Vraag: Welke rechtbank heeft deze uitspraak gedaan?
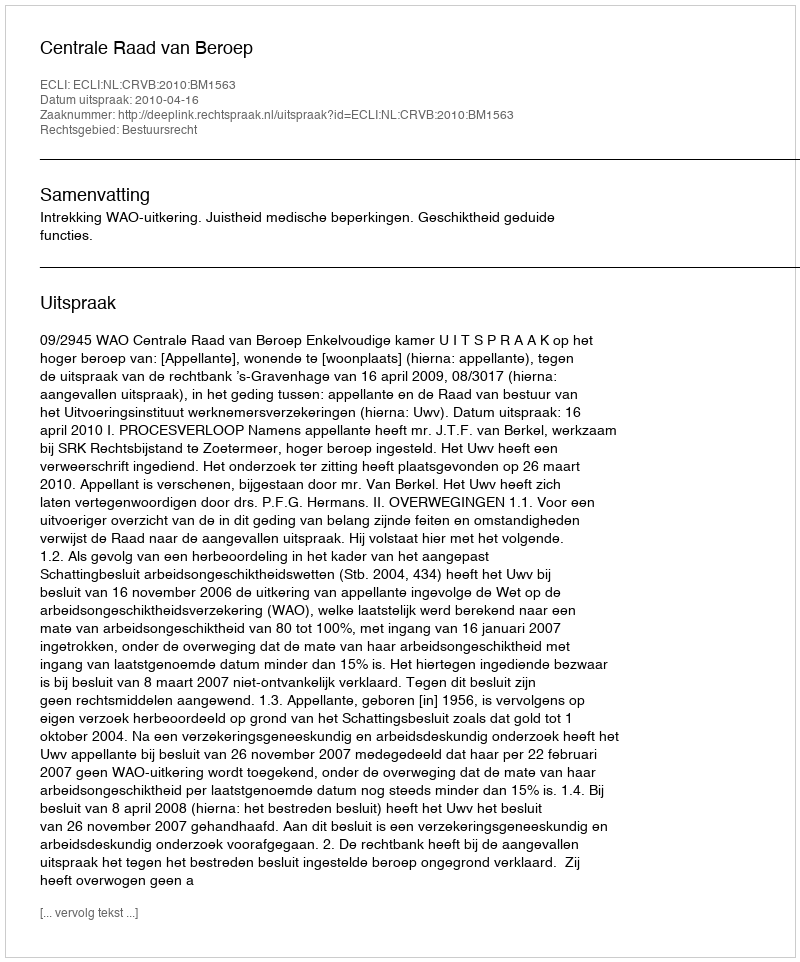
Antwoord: Centrale Raad van Beroep